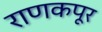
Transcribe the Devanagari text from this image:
राणकपूर